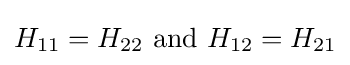
{{H}_{11}}={{H}_{22}}{\text{ and }}{{H}_{12}}={{H}_{21}}